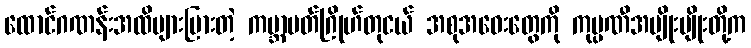
ထောင်ဂဏန်းအထိများပြားတဲ့ ကမ္ဘာပတ်ဂြိုဟ်တုငယ် အစုအဝေးတွေကို ကုမ္ပဏီအမျိုးမျိုးတို့က